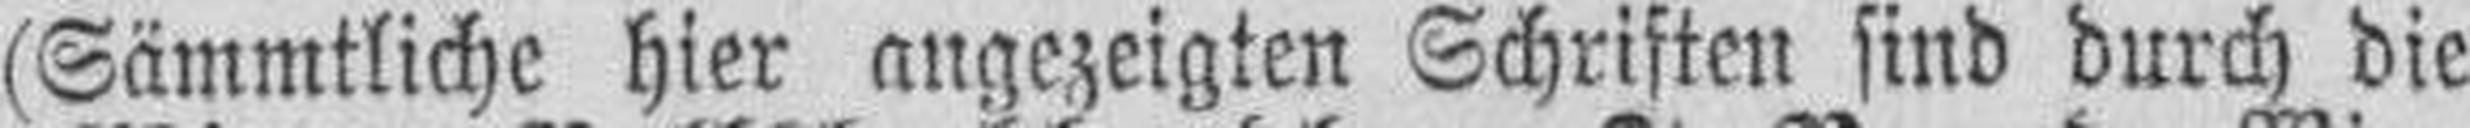
(Sämmtliche hier angezeigten Schriften sind durch die